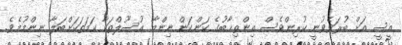
އީސީ އަށް ބުރަވެވުނީ ކުރިންވެސް އިންތިޚާބުގެ ކަންކަން ނިންމާ އުސޫލްތަކާ ހަމަތަކަށްބަލާ ނިންމުމެވެ.